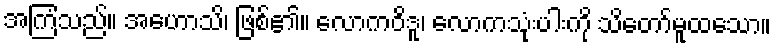
အကြံသည်။ အဟောသိ၊ ဖြစ်၏။ လောကဝိဒူ၊ လောကသုံးပါးကို သိတော်မူထသော။